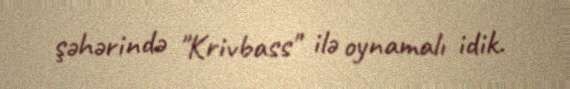
şəhərində "Krivbass" ilə oynamalı idik.